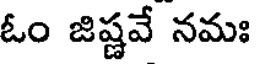
ఓం జిష్ణవే నమః